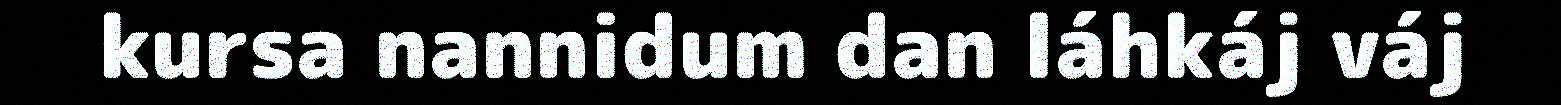
kursa nannidum dan láhkáj váj